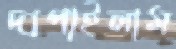
দাপাইলাম